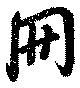
冊